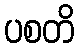
ပစတိ